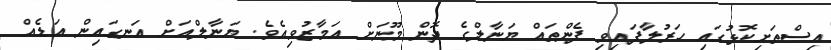
އިސްތަށިކޮޅުގައި ހަރުލާފައިވި ފެންތައް ޔަނާލްގެ ދޮން މޫނަށް އަމާޒުވިއެވެ. ޔަނާލްއަށް އަނގައިން އަޑެއް